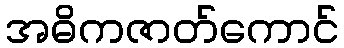
အဓိကဇာတ်ကောင်